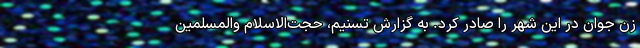
زن جوان در این شهر را صادر کرد. به گزارش تسنیم، حجت‌الاسلام والمسلمین